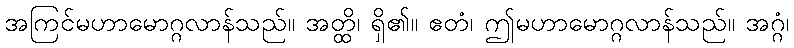
အကြင်မဟာမောဂ္ဂလာန်သည်။ အတ္ထိ၊ ရှိ၏။ ဧတံ၊ ဤမဟာမောဂ္ဂလာန်သည်။ အဂ္ဂံ၊